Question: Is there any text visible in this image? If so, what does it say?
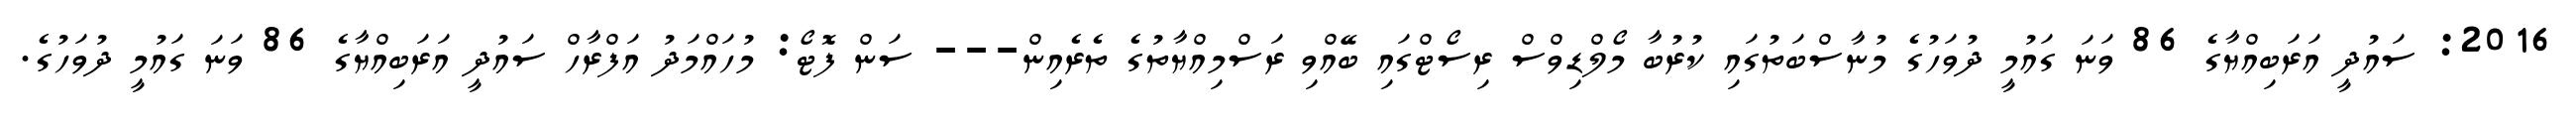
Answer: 2016: ސައުދީ އަރަބިއްޔާގެ 86 ވަނަ ގައުމީ ދުވަހުގެ މުނާސްބަތުގައި ކުރުބާ މޯލްޑިވްސް ރިސޯޓްގައި ބޭއްވި ރަސްމިއްޔާތުގެ ތެރެއިން--- ސަން ފޮޓޯ: މުހައްމަދު އަފްރާހް ސައުދީ އަރަބިއްޔާގެ 86 ވަނަ ގައުމީ ދުވަހުގެ.